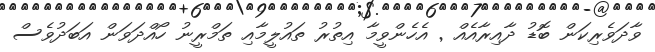
ވާދަވެރިކަން ބޮޑު ދާއިރާއެއް